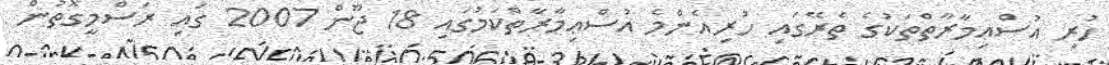
ހުރި އުސްޢިމާރާތްތަކުގެ ތެރޭގައި ހުރިއެންމެ އުސްޢިމާރާތްކަމުގައި 18 ޖޫން 2007 ގައި ރަސްމީގޮތުން